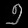
Digit: ၅